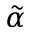
\tilde { \alpha }